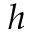
h